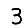
Digit: 3